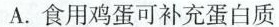
A.食用鸡蛋可补充蛋白质